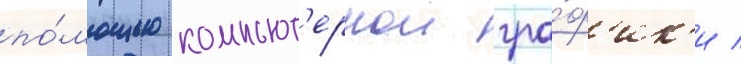
по́мощью компьют'ернои гра́ф'ик'и /